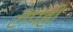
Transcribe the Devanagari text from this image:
टीपही